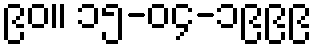
၉၀။ ၁၅-၀၄-၁၉၉၉